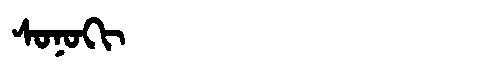
Manchu: ᠰᠣᠨᠣᡴᡳ
Romanization: SONOKI